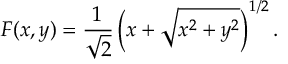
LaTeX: F ( x , y ) = \frac 1 { \sqrt { 2 } } \left( x + \sqrt { x ^ { 2 } + y ^ { 2 } } \right) ^ { 1 / 2 } .